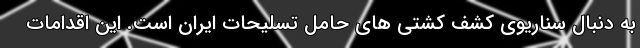
به دنبال سناریوی کشف کشتی های حامل تسلیحات ایران است. این اقدامات